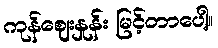
ကုန်ဈေးနှုန်း မြင့်တာပေါ့။